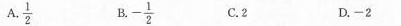
A. \frac{1}{2} B. - \frac{1}{2} C.2 D.-2